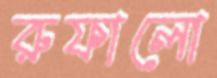
রুফালো